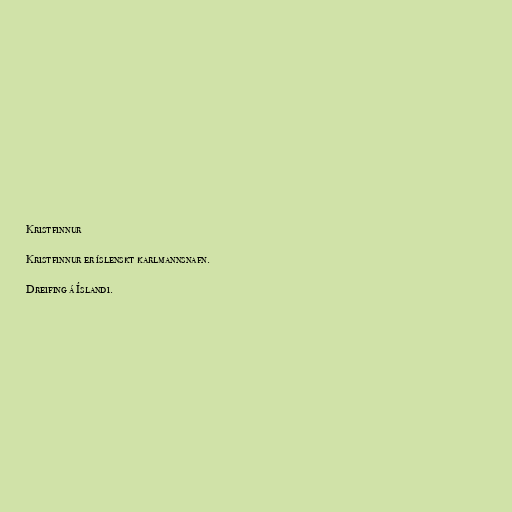
Kristfinnur

Kristfinnur er íslenskt karlmannsnafn.

Dreifing á Íslandi.